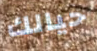
حيالك